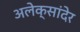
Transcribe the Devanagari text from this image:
अलेक्सांदेर